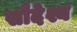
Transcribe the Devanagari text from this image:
सौदेश्य